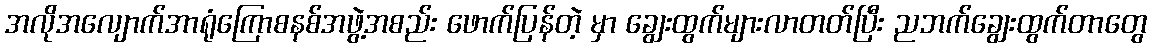
အလိုအလျောက်အာရုံကြောစနစ်အဖွဲ့အစည်း ဖောက်ပြန်တဲ့ မှာ ချွေးထွက်များလာတတ်ပြီး ညဘက်ချွေးထွက်တာတွေ